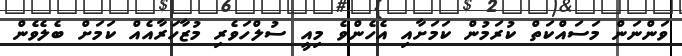
ވަންނަން މަސައްކަތް ކުރަމުން ކަމަށާއި އެހެންވެ މިއީ ސުލްހަވެރި މުޒާހަރާއެއް ކަމަށް ބެލެވެން